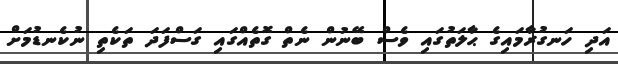
އަދި ހަނގުރާމައިގެ ޙާލަތުގައި ވެސް ބޭނުން ނެތް ގޮތެއްގައި ގަސްފަދަ ތަކެތި ނުކެނޑުމަށް